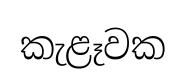
කැළෑවක